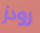
رودز